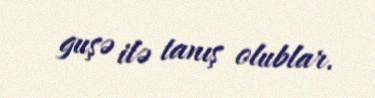
guşə ilə tanış olublar.